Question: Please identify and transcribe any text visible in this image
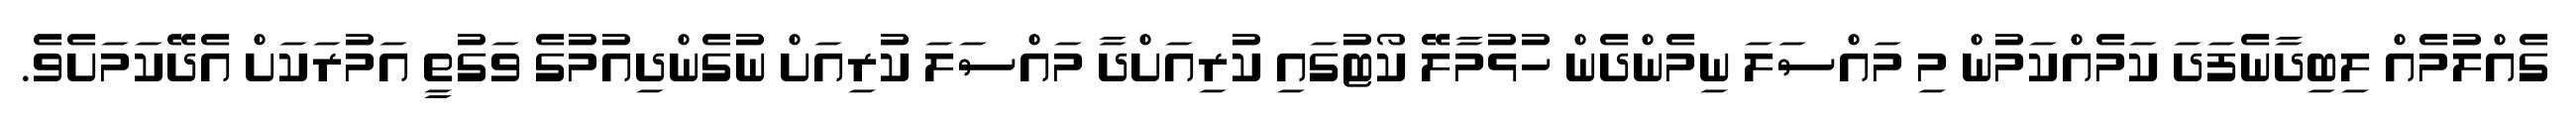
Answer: ގެއްލުމެއް ލިބިދާނެފަދަ ކަމެއްކަމުން މި މައްސަލަ ނިމެންދެން ހުޅުމާލޭ ކޯޓުގައި ކުރިއަށްދާ މައްސަލަ ކުރިއަށް ނުގެންދިއުމުގެ ވަގުތީ އަމުރަކަށް އެދޭކަމަށެވެ.